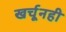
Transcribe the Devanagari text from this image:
खर्चूनही